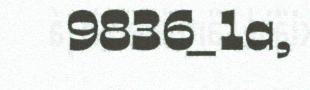
9836_1a,